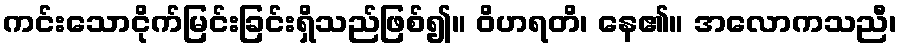
ကင်းသောငိုက်မြင်းခြင်းရှိသည်ဖြစ်၍။ ဝိဟရတိ၊ နေ၏။ အလောကသညီ၊